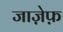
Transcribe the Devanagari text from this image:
जाज़ेफ़